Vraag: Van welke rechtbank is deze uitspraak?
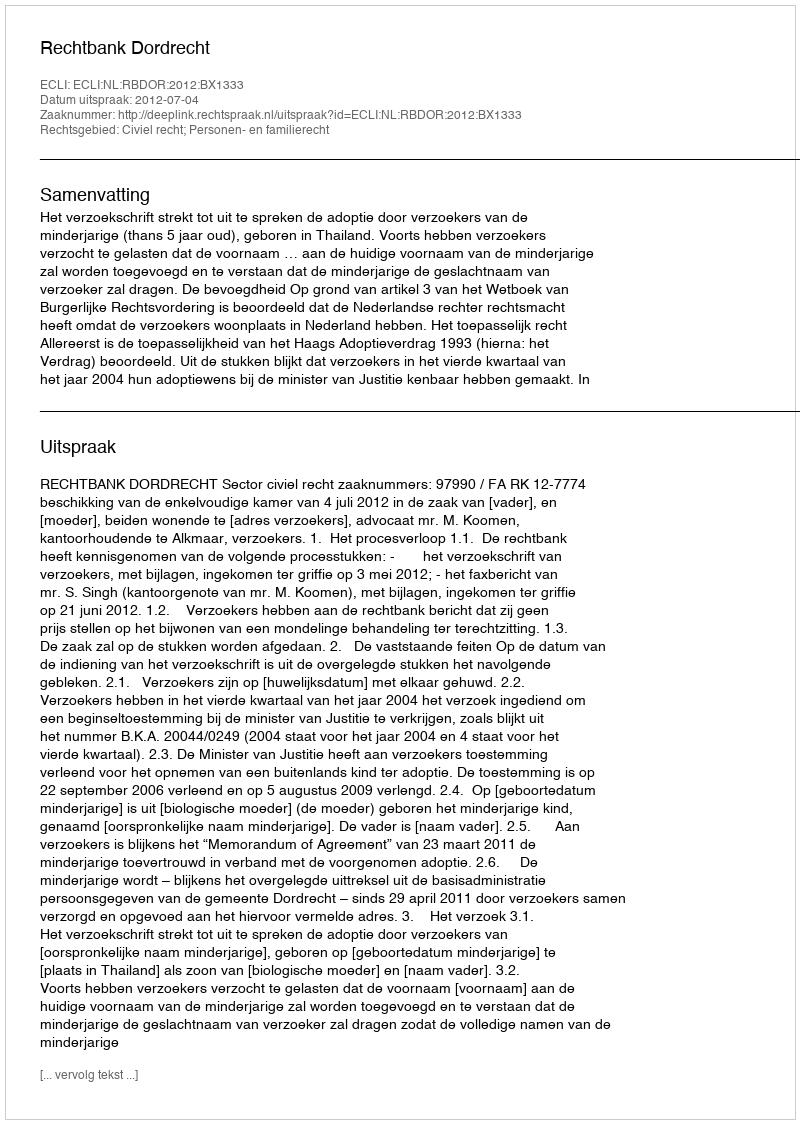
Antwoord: Rechtbank Dordrecht